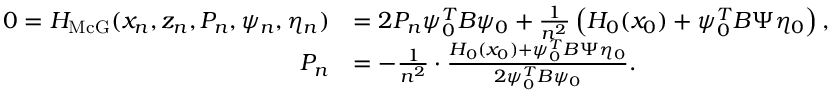
\begin{array} { r l } { 0 = H _ { \operatorname { M c G } } ( x _ { n } , z _ { n } , P _ { n } , \psi _ { n } , \eta _ { n } ) } & { = 2 P _ { n } \psi _ { 0 } ^ { T } B \psi _ { 0 } + \frac { 1 } { n ^ { 2 } } \left( H _ { 0 } ( x _ { 0 } ) + \psi _ { 0 } ^ { T } B \Psi \eta _ { 0 } \right) , } \\ { P _ { n } } & { = - \frac { 1 } { n ^ { 2 } } \cdot \frac { H _ { 0 } ( x _ { 0 } ) + \psi _ { 0 } ^ { T } B \Psi \eta _ { 0 } } { 2 \psi _ { 0 } ^ { T } B \psi _ { 0 } } . } \end{array}